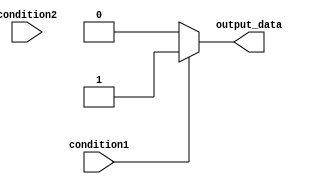
module if_else_ladder_statement (
    input wire condition1,
    input wire condition2,
    output reg output_data
);

always @(*) begin
    if (condition1) begin
        output_data <= 1;
    end
    else if (condition2) begin
        output_data <= 0;
    end
    else begin
        output_data <= 2'b10;
    end
end

endmodule